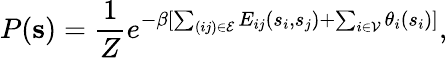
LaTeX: P(\mathbf{s})=\frac{1}{Z}e^{-\beta[\sum_{(ij)\in\mathcal{E}}E_{ij}(s_{i},s_{j})+\sum_{i\in\mathcal{V}}\theta_{i}(s_{i})]},